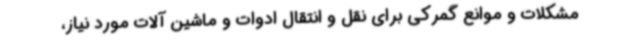
مشکلات و موانع گمرکی برای نقل و انتقال ادوات و ماشین آلات مورد نیاز،